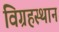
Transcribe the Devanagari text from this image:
विग्रहस्थान